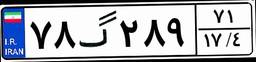
۷۸گ۲۸۹۷۱